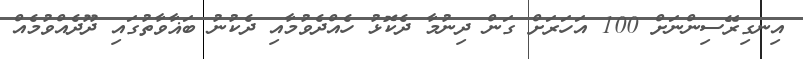
އިނގިރޭސިންނަށް 100 އަހަރަށް ގަން ދިނުމާ ދެކޮޅު ހެއްދެވުމާއި ދެކުނު ބަޣާވާތުގައި ދޫދެއްވުމެއް